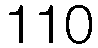
110